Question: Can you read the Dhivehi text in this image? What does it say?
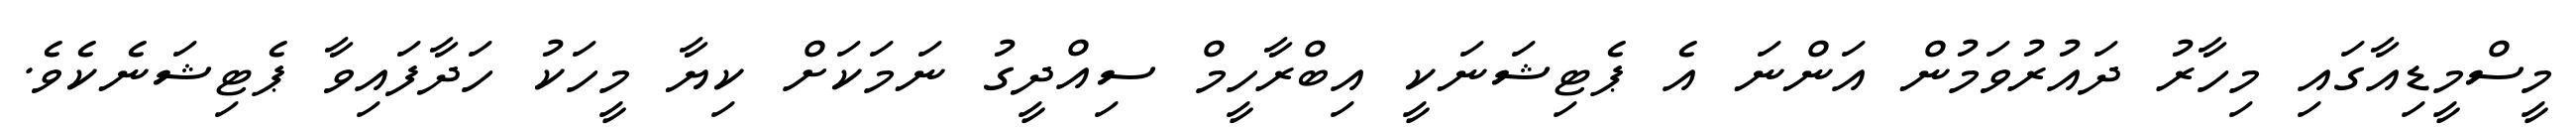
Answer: މީސްމީޑިއާގައި މިހާރު ދައުރުވަމުން އަންނަ އެ ޕެޓިޝަނަކީ އިބްރާހީމް ސިއްދީގު ނަމަކަށް ކިޔާ މީހަކު ހަދާފައިވާ ޕެޓިޝަނެކެވެ.